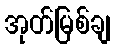
အုတ်မြစ်ချ